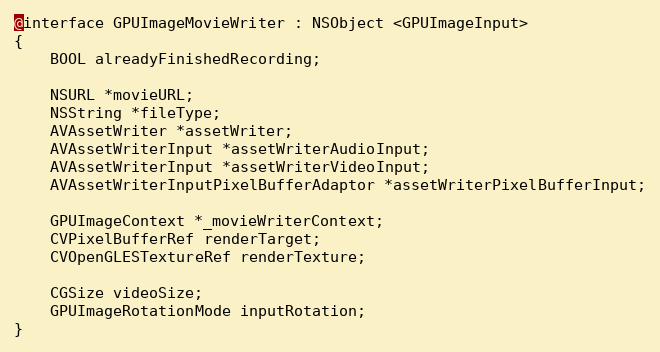
Language: C
@interface GPUImageMovieWriter : NSObject <GPUImageInput>
{
    BOOL alreadyFinishedRecording;

    NSURL *movieURL;
    NSString *fileType;
	AVAssetWriter *assetWriter;
	AVAssetWriterInput *assetWriterAudioInput;
	AVAssetWriterInput *assetWriterVideoInput;
    AVAssetWriterInputPixelBufferAdaptor *assetWriterPixelBufferInput;

    GPUImageContext *_movieWriterContext;
    CVPixelBufferRef renderTarget;
    CVOpenGLESTextureRef renderTexture;

    CGSize videoSize;
    GPUImageRotationMode inputRotation;
}